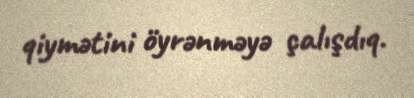
qiymətini öyrənməyə çalışdıq.